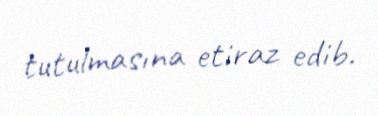
tutulmasına etiraz edib.